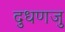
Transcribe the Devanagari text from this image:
दुधणजु